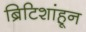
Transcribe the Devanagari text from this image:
ब्रिटिशांहून